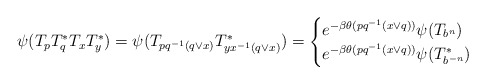
\begin{align*}\psi(T_pT_q^*T_xT_y^*) = \psi(T_{pq^{-1}(q \vee x)}T_{yx^{-1}(q \vee x)}^*)=\begin{cases}e^{-\beta \theta(pq^{-1}(x\vee q))} \psi(T_{b^n}) &\\e^{-\beta \theta(pq^{-1}(x\vee q))} \psi(T_{b^{-n}}^*) &\end{cases} \end{align*}